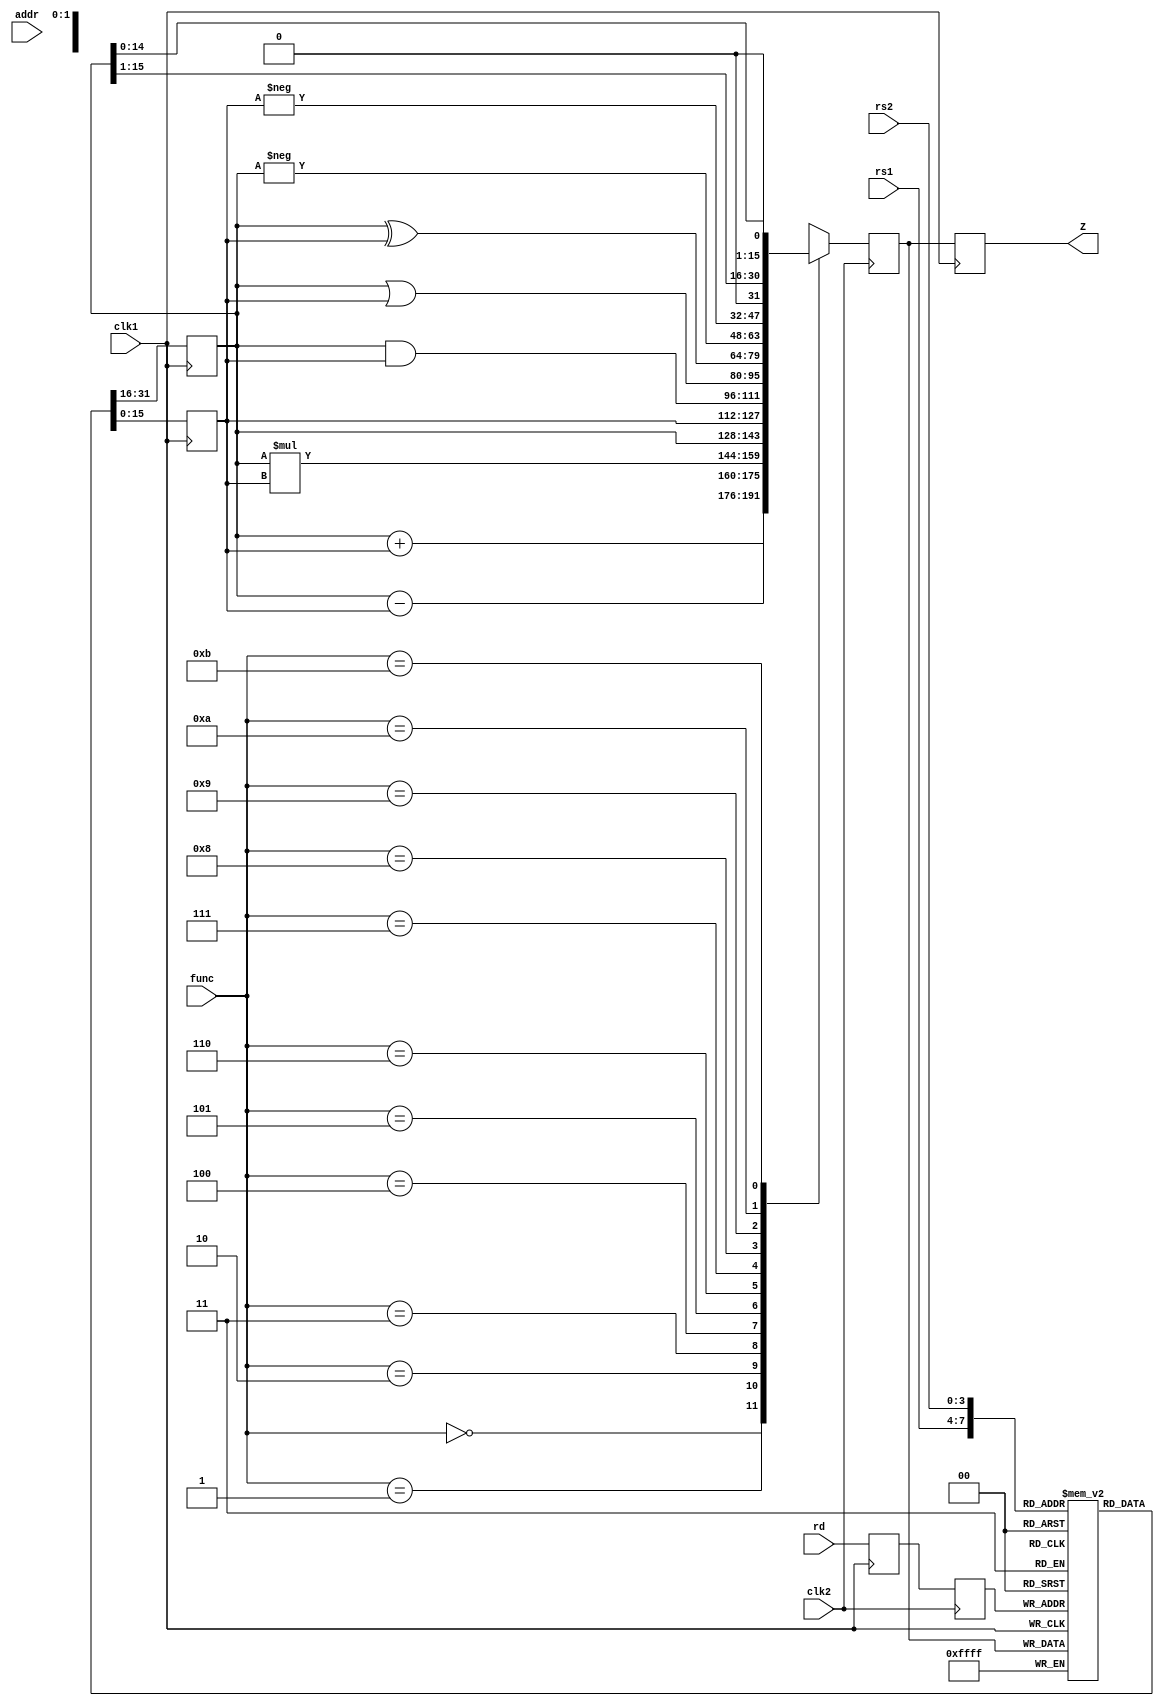
`timescale 1ns / 1ps
module pipe_a( Z, rs1,rs2,rd, func,addr, clk1,clk2
    );
input[3:0] rs1,rs2,rd,func;
input[7:0]addr;
input  clk1,clk2;
output [15:0]Z;

reg [15:0]L12_A, L12_B , L23_Z, L34_Z;
reg [3:0] L12_rd , L12_func ,L23_rd;
reg [7:0] L12_addr , L23_addr,L34_addr;

reg [15:0] regbank [0:15];
reg [15:0] mem [0:255];     //256 X 16 mem

assign Z =L34_Z;

//state1
always @(posedge clk1)
begin
L12_A <= #2 regbank[rs1];
L12_B <= #2 regbank[rs2];
L12_rd <=#2 rd;
L12_func <= #2 func;
L12_addr <= #2  addr;
end

//ALU
always@(negedge clk2)
begin
case(func)
0: L23_Z <= #2 L12_A + L12_B ;
1: L23_Z <= #2 L12_A - L12_B ;
2: L23_Z <= #2 L12_A * L12_B ;
3: L23_Z <= #2 L12_A  ;
4: L23_Z <= #2 L12_B ;
5: L23_Z <= #2 L12_A  & L12_B ;
6: L23_Z <= #2 L12_A  | L12_B ;
7: L23_Z <= #2 L12_A ^ L12_B ;
8: L23_Z <= #2 -L12_A  ;
9: L23_Z <= #2 -L12_B  ;
10: L23_Z <= #2 L12_A >> 1  ;
11: L23_Z <= #2 L12_A<<1  ;
default : L23_Z <= #2 16'hxxxx;
endcase
L23_rd <= #2 L12_rd;
L23_addr <= #2 L12_addr;
end

//state 3
always@(posedge clk1)
begin
regbank[L23_rd] <= #2 L23_Z;
L34_Z <= #2 L23_Z;
L34_addr <= #2 L23_addr;
end

//state4
always@(negedge clk2)
begin
mem[L34_addr] <= #2 L34_Z;
end

endmodule